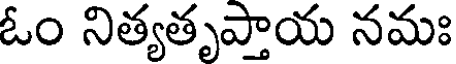
ఓం నిత్యతృప్తాయ నమః